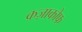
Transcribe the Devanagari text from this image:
कज़ाकोफ